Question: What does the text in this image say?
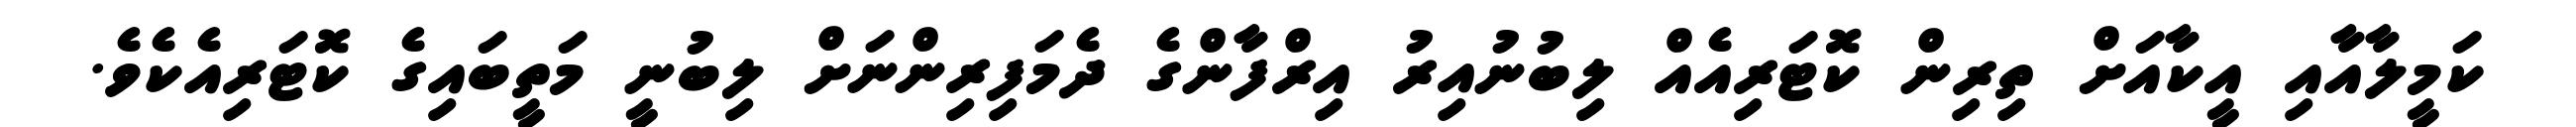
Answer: ކަމީލާއާއި އީކާއަށް ތިރިން ކޮޓަރިއެއް ލިބުނުއިރު އިރްފާންގެ ދެމަފިރިންނަށް ލިބުނީ މަތީބައިގެ ކޮޓަރިއެކެވެ.